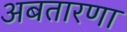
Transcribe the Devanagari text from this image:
अबतारणा